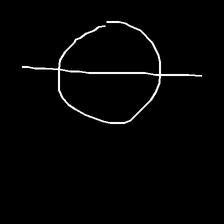
Glyph: orb